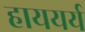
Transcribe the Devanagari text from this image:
हाययर्य